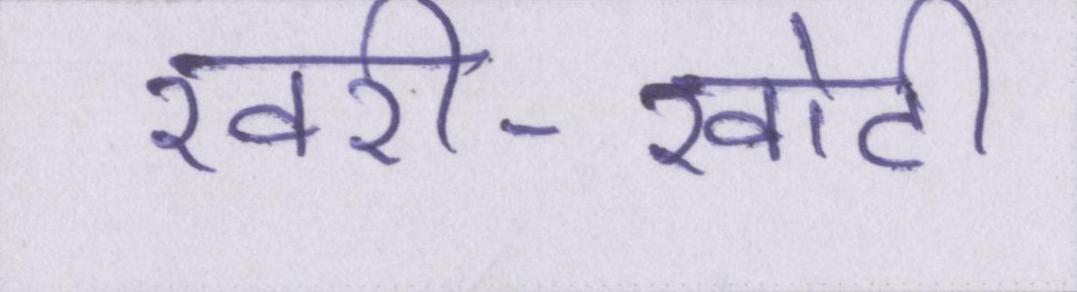
खरी-खोटी